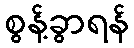
စွန့်ခွာရန်